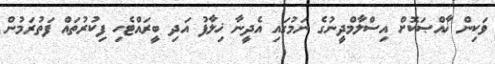
ވަކިން ޚާއްޞަކޮށް އިސްލާމްދީނުގެ ނަމުގައި އެދީނާ ޚިލާފު އަދި ބީރައްޓެހި ފިކުރުތައް ފަތުރަމުން